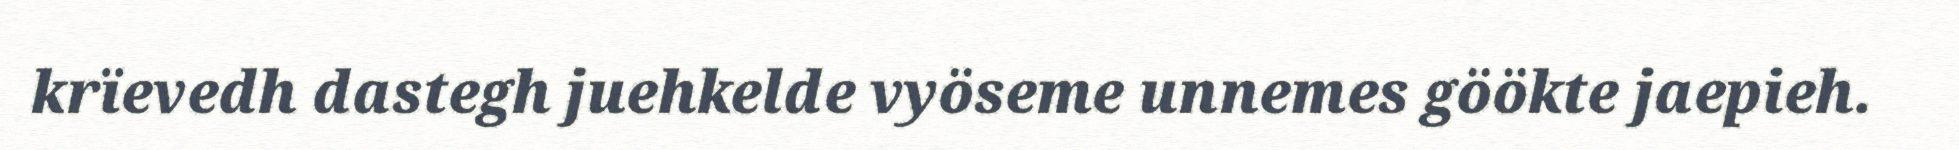
krïevedh dastegh juehkelde vyöseme unnemes göökte jaepieh.